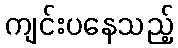
ကျင်းပနေသည့်